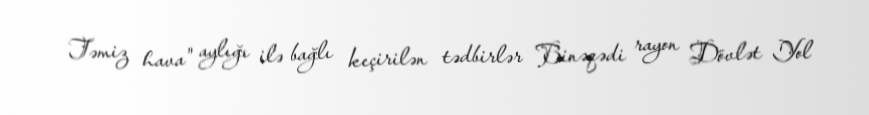
Təmiz hava" aylığı ilə bağlı keçirilən tədbirlər Binəqədi rayon Dövlət Yol